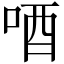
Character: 唒